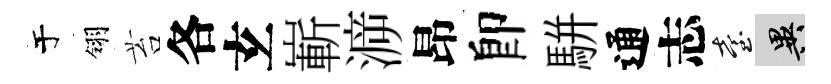
于翎苔各𤣥嶄㴑昂卽駢通志臺异